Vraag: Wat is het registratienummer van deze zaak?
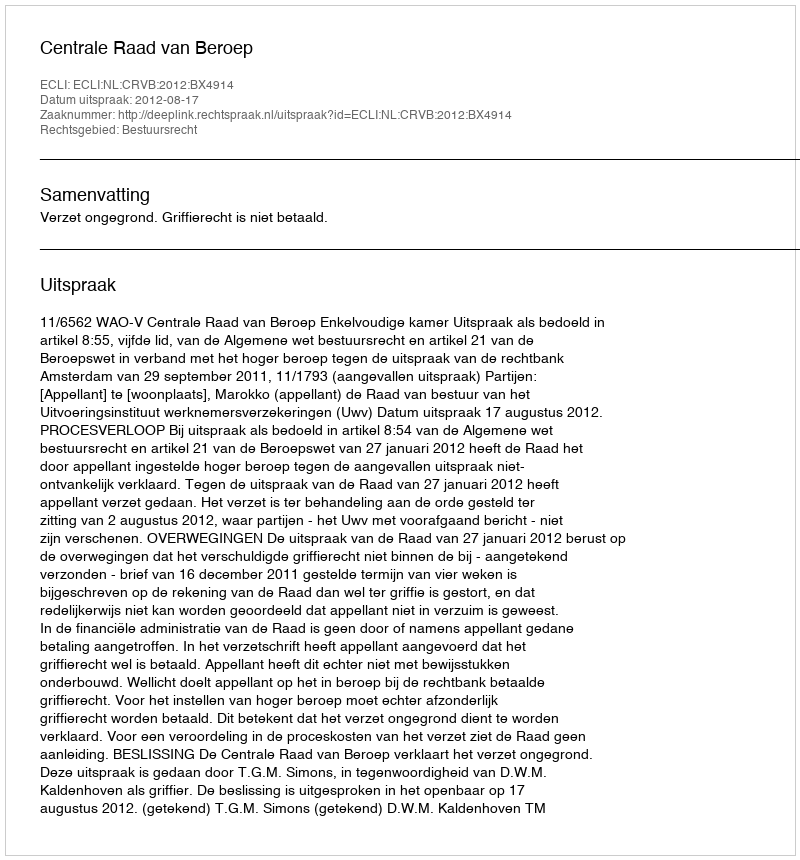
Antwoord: http://deeplink.rechtspraak.nl/uitspraak?id=ECLI:NL:CRVB:2012:BX4914